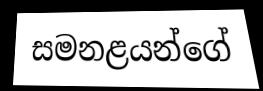
සමනළයන්ගේ